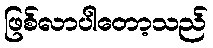
ဖြစ်လာပါတော့သည်